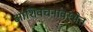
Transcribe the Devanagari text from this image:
आशिवंचनावस्थेत